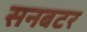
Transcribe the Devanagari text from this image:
सनबटर